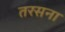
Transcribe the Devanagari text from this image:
तरसना